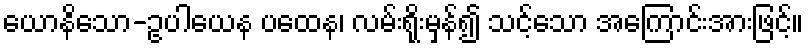
ယောနိသော-ဥပါယေန ပထေန၊ လမ်းရိုးမှန်၍ သင့်သော အကြောင်းအားဖြင့်။